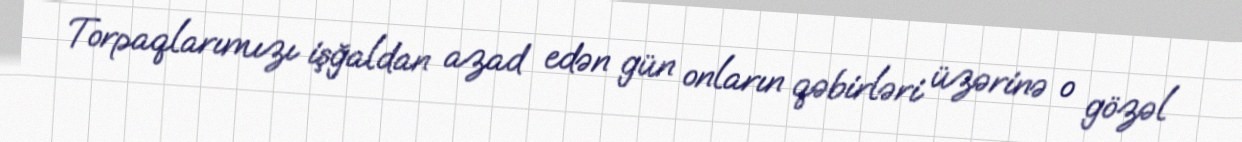
Torpaqlarımızı işğaldan azad edən gün onların qəbirləri üzərinə o gözəl